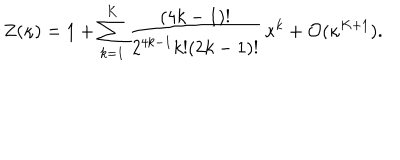
Z ( \kappa ) = 1 + \sum _ { k = 1 } ^ { K } { \frac { ( 4 k - 1 ) ! } { 2 ^ { 4 k - 1 } k ! ( 2 k - 1 ) ! } } \, \kappa ^ { k } + { \cal O } ( \kappa ^ { K + 1 } ) .